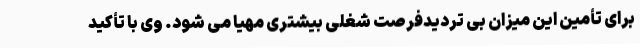
برای تأمین این میزان بی تردیدفرصت شغلی بیشتری مهیا می شود. وی با تأکید